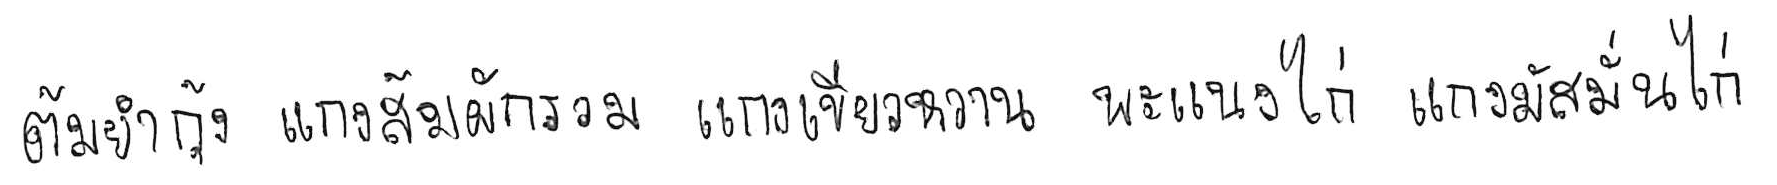
ต้มยำกุ้ง แกงส้มผักรวม แกงเขียวหวาน พะแนงไก่ แกงมัสมั่นไก่